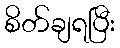
စိတ်ချရပြီး